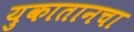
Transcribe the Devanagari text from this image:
युकातानचा